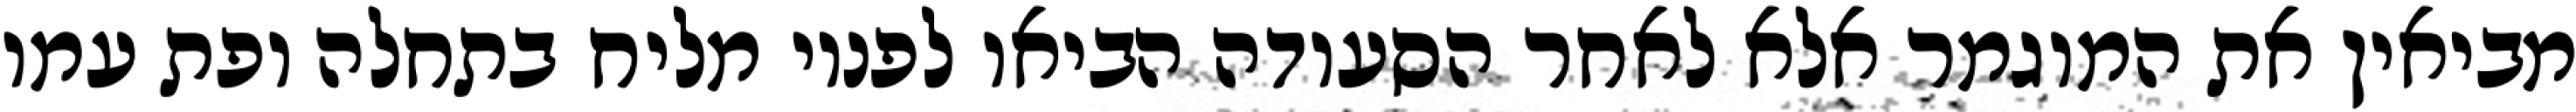
מביאין את המוגמר אלא לאחר הסעודה הביאו לפניו מליח בתחלה ופת עמו